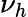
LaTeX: \nu_{h}